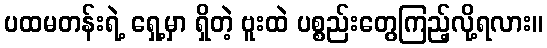
ပထမတန်းရဲ့ ရှေ့မှာ ရှိတဲ့ ဗူးထဲ ပစ္စည်းတွေကြည့်လို့ရလား။